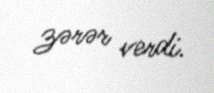
zərər verdi.